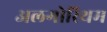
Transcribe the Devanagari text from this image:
अलगोरिथम